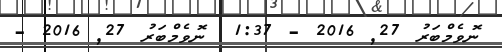
ނޮވެމްބަރު 27